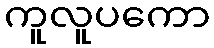
ကူလူပကော